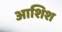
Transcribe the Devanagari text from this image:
आशिश